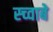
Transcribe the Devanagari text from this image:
स्च्वाबे